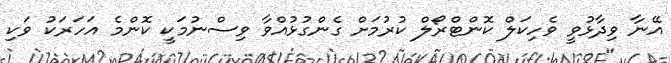
އޭނާ ވިދާޅުވީ ވެހިކަލް ކޮންޓްރޯލް ކުރުމަށް ގެންގުޅުއްވާ ވިސްނުމަކީ ކޮންމެ އަހަރަކު ވަކި